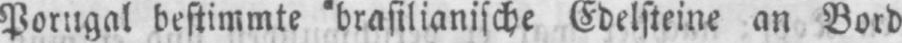
Porugal bestimmte brasilianische Edelsteine an Bord